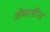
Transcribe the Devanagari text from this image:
अॅबरडीन